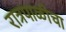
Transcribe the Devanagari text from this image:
रात्रपाळीचा